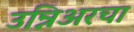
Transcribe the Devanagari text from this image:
उन्निअरचा